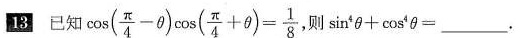
13 已知$$\cos ( \frac { \pi } { 4 } - \theta ) \cos ( \frac { \pi } { 4 } + \theta ) = \frac { 1 } { 8 }$$， 则$$\sin ^ { 4 } \thetai + \cos ^ { 4 } \thetai =$$___.